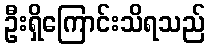
ဦးရှိကြောင်းသိရသည်